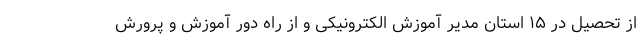
از تحصیل در ۱۵ استان مدیر آموزش الکترونیکی و از راه دور آموزش و پرورش